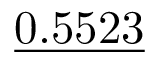
\underline { { 0 . 5 5 2 3 } }